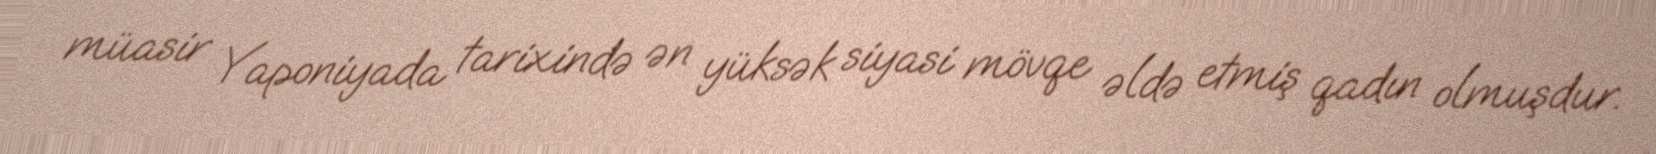
müasir Yaponiyada tarixində ən yüksək siyasi mövqe əldə etmiş qadın olmuşdur.